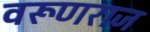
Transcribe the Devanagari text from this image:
वरूणराज